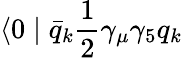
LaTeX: \langle 0\mid\bar{q}_{k}{\frac{1}{2}}\gamma_{\mu}\gamma_{5}q_{k}